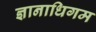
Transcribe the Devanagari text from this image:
ज्ञानाधिगम